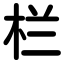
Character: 栏